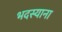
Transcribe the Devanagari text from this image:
भदस्याना